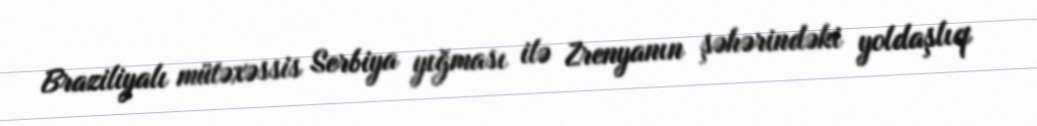
Braziliyalı mütəxəssis Serbiya yığması ilə Zrenyanın şəhərindəki yoldaşlıq